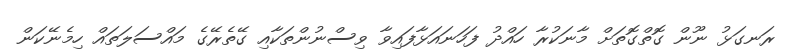
ރަނގަޅު ނޫން ގޮތްގޮތަށް މާނަކުރާ ހައްދު ފަހަނައަޅާފައިވާ ވިސްނުންތަކާއި ގޭތެރޭގެ މައްސަލަތައް ހިމެނޭކަން